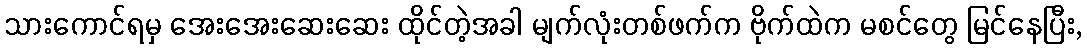
သားကောင်ရမှ အေးအေးဆေးဆေး ထိုင်တဲ့အခါ မျက်လုံးတစ်ဖက်က ဗိုက်ထဲက မစင်တွေ မြင်နေပြီး,